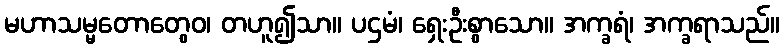
မဟာသမ္မတောတွေဝ၊ တဟူ၍သာ။ ပဌမံ၊ ရှေးဦးစွာသော။ အက္ခရံ၊ အက္ခရာသည်။